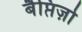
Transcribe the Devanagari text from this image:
बैप्तिज़ो